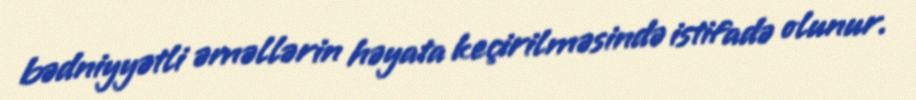
bədniyyətli əməllərin həyata keçirilməsində istifadə olunur.